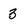
Character: 3